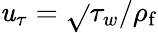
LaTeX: \mathit{u}_{\tau}=\sqrt{}{{\tau_{w}/\rho_{\mathrm{{f}}}}}